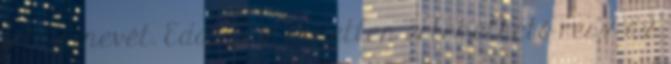
írta a nevét. Eddig az egyetlen értékelhető rész az